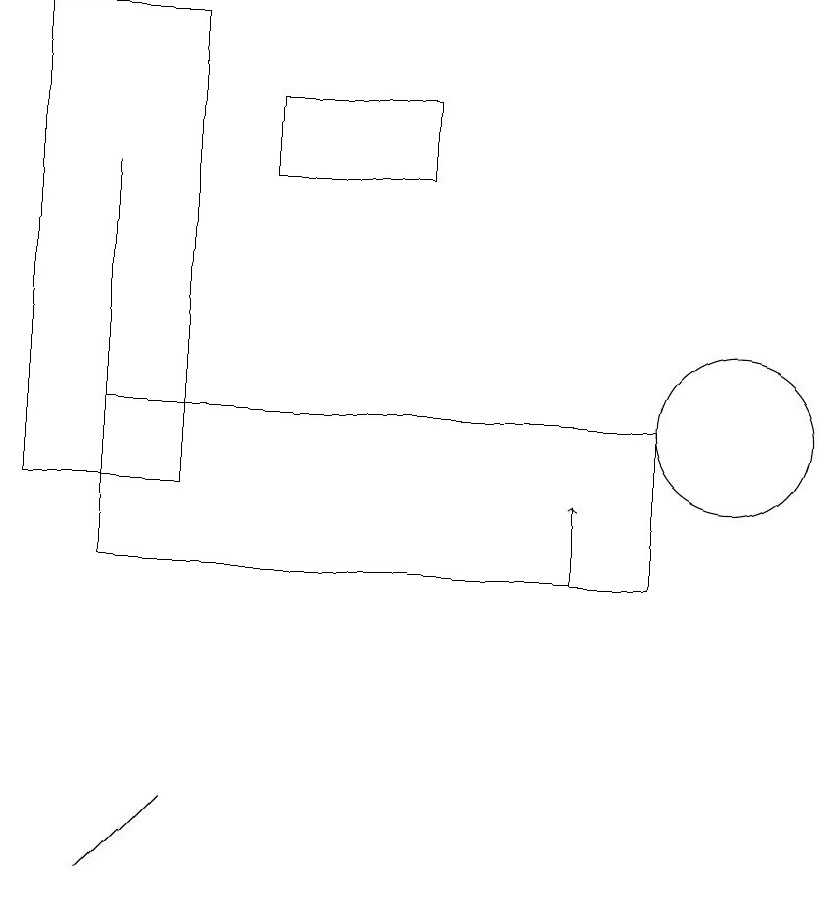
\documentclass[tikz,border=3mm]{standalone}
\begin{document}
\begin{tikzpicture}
\draw (9,10) rectangle (2,12);
\draw (10,12) circle (1);
\draw (3,7) -- (3,7) -- (2,6) -- cycle;
\draw (3,11) rectangle (1,17);
\draw[->] (8,10) -- (8,11);
\draw (10,10) circle (0);
\draw (4,15) rectangle (6,16);
\draw (2,12) rectangle (2,15);
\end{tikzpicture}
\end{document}